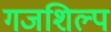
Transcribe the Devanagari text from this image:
गजशिल्प